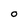
Character: O